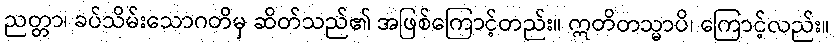
ညတ္တာ၊ ခပ်သိမ်းသောဂတိမှ ဆိတ်သည်၏ အဖြစ်ကြောင့်တည်း။ ဣတိတသ္မာပိ၊ ကြောင့်လည်း။